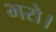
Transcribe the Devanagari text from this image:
भरो।